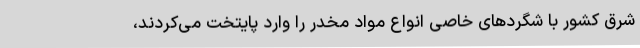
شرق کشور با شگردهای خاصی انواع مواد مخدر را وارد پایتخت می‌کردند،